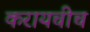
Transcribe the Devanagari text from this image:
करायचीच